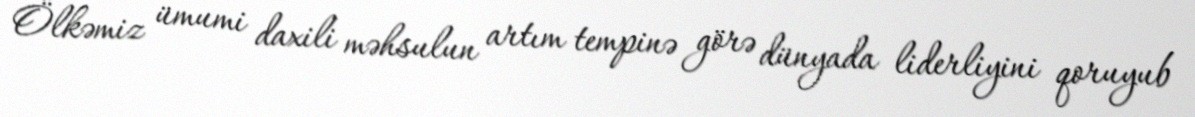
Ölkəmiz ümumi daxili məhsulun artım tempinə görə dünyada liderliyini qoruyub